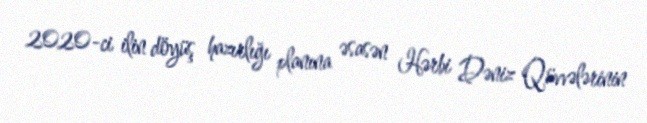
2020-ci ilin döyüş hazırlığı planına əsasən Hərbi Dəniz Qüvvələrinin